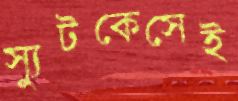
স্যুটকেসেই